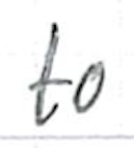
Text: to
Cross-out: clean
Writing tool: ballpoint